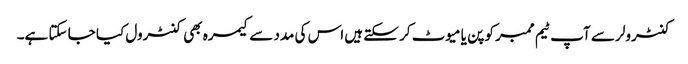
کنٹرولر سے آپ ٹیم ممبر کو پن یا میوٹ کر سکتے ہیں اس کی مدد سے کیمرہ بھی کنٹرول کیا جا سکتا ہے۔